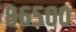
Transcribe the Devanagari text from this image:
८६५००